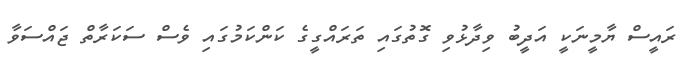
ރައީސް ޔާމީނަކީ އަދީބު ވިދާޅުވި ގޮތުގައި ތަރައްގީގެ ކަންކަމުގައި ވެސް ސަކަރާތް ޖައްސަވާ